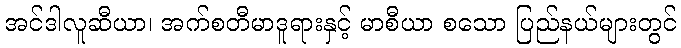
အင်ဒါလူဆီယာ၊ အက်စတီမာဒူရားနှင့် မာစီယာ စသော ပြည်နယ်များတွင်